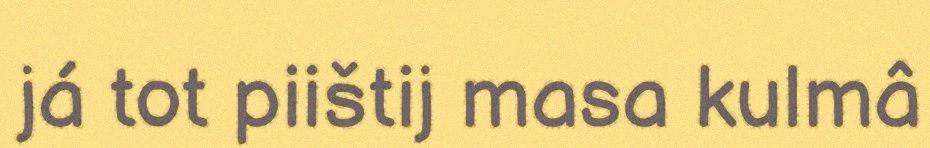
já tot piištij masa kulmâ